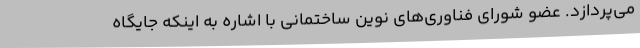
می‌پردازد. عضو شورای فناوری‌های نوین ساختمانی با اشاره به اینکه جایگاه